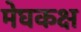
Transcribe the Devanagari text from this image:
मेघकक्ष